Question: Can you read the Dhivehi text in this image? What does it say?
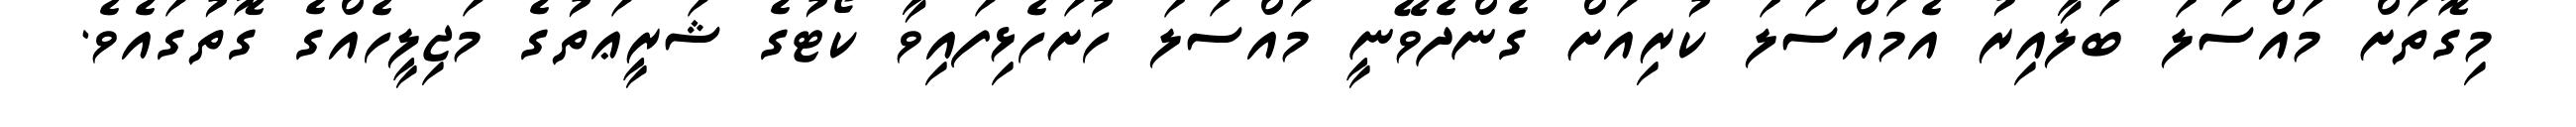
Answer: މިގޮތަށް މައްސަލަ ބަލާއިރު އެމައްސަލަ ކުރިއަށް ގެންދެވޭނީ މައްސަލަ ހުށަހެޅިފައިވާ ކޯޓުގެ ޝަރީޢަތުގެ މަޖިލީހެއްގެ ގޮތުގައެވެ.